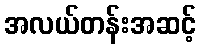
အလယ်တန်းအဆင့်